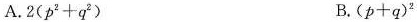
A. $$2 ( p ^ { 2 } + q ^ { 2 } )$$ B. $$( p + q ) ^ { 2 }$$